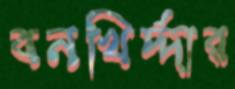
বনখির্দ্দার